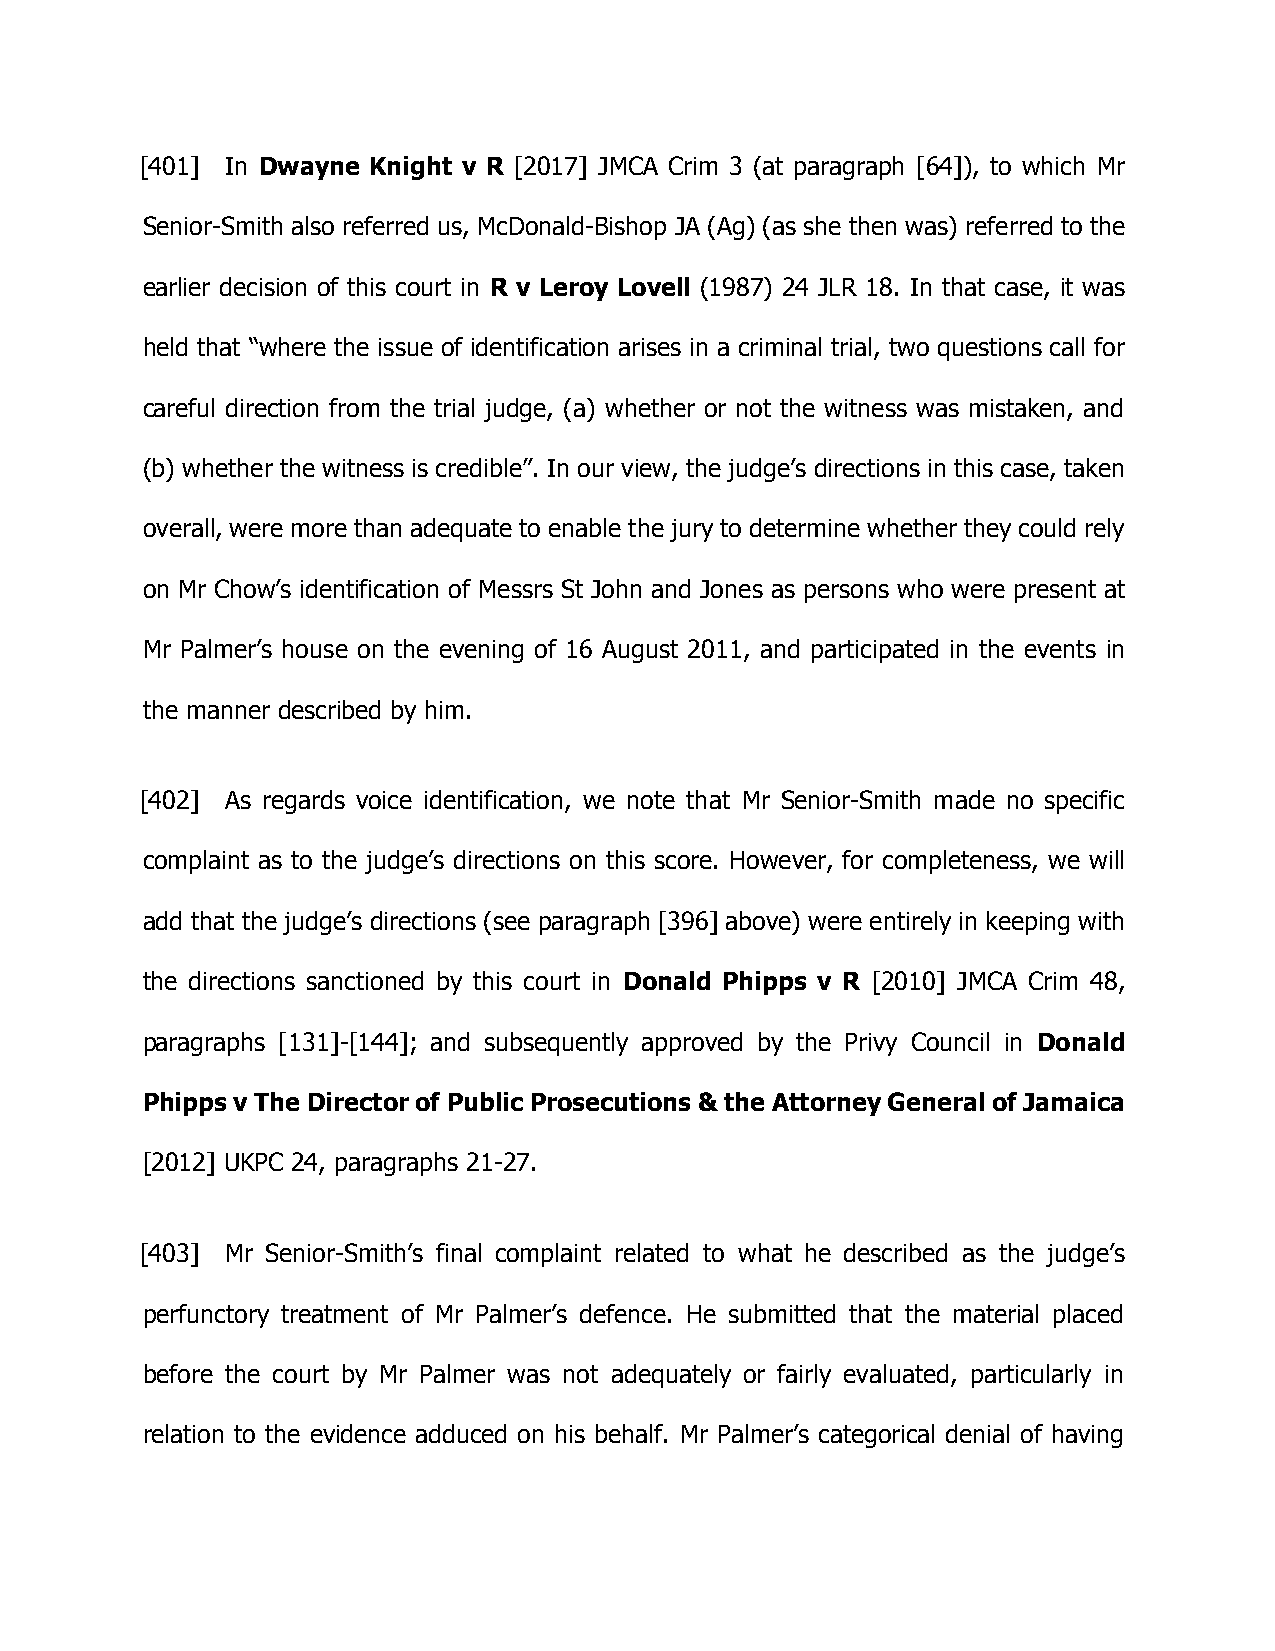
[401] In Dwayne Knight v R [2017] JMCA Crim 3 (at paragraph [64]), to which Mr
 Senior-Smith also referred us, McDonald-Bishop JA (Ag) (as she then was) referred to the
 earlier decision of this court in R v Leroy Lovell (1987) 24 JLR 18. In that case, it was
 held that “where the issue of identification arises in a criminal trial, two questions call for
 careful direction from the trial judge, (a) whether or not the witness was mistaken, and
 (b) whether the witness is credible”. In our view, the judge’s directions in this case, taken
 overall, were more than adequate to enable the jury to determine whether they could rely
 on Mr Chow’s identification of Messrs St John and Jones as persons who were present at
 Mr Palmer’s house on the evening of 16 August 2011, and participated in the events in
 the manner described by him.
 [402] As regards voice identification, we note that Mr Senior-Smith made no specific
 complaint as to the judge’s directions on this score. However, for completeness, we will
 add that the judge’s directions (see paragraph [396] above) were entirely in keeping with
 the directions sanctioned by this court in Donald Phipps v R [2010] JMCA Crim 48,
 paragraphs [131]-[144]; and subsequently approved by the Privy Council in Donald
 Phipps v The Director of Public Prosecutions & the Attorney General of Jamaica
 [2012] UKPC 24, paragraphs 21-27.
 [403] Mr Senior-Smith’s final complaint related to what he described as the judge’s
 perfunctory treatment of Mr Palmer’s defence. He submitted that the material placed
 before the court by Mr Palmer was not adequately or fairly evaluated, particularly in
 relation to the evidence adduced on his behalf. Mr Palmer’s categorical denial of having